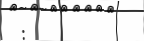
: